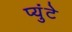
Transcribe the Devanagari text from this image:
प्युंटे